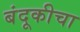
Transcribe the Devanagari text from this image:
बंदूकीचा